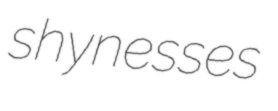
shynesses